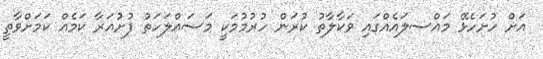
އަށް ހުށަހެޅޭ މައްސލައެއްގައި ވަކާލާތު ކުރަން ހުރުމުމަކީ މަސައްލަހަތު ފުށުއަރާ ކަމެއް ކަމަށްވާތީ